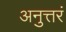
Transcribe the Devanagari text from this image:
अनुत्तरं